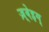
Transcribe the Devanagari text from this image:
ज़्वेइग्